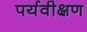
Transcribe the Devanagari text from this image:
पर्यवीक्षण